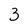
Character: 3